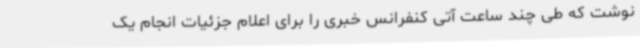
نوشت که طی چند ساعت آتی کنفرانس خبری را برای اعلام جزئیات انجام یک